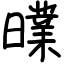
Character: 曗